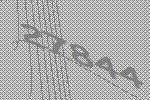
27844